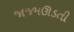
જાજમઊડતી